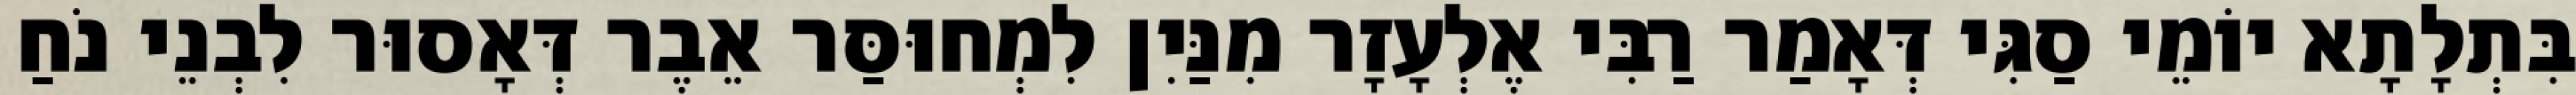
בִּתְלָתָא יוֹמֵי סַגִּי דְּאָמַר רַבִּי אֶלְעָזָר מִנַּיִן לִמְחוּסַּר אֵבֶר דְּאָסוּר לִבְנֵי נֹחַ